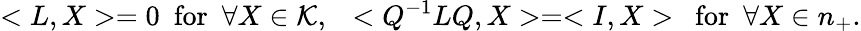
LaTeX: <L,X>=0~~\mathrm{for}~~\forall X\in{\cal K},~~<Q^{-1}LQ,X>=<I,X>~~\mathrm{for}~~\forall X\in n_{+}.